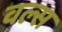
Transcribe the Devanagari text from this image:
वल्स